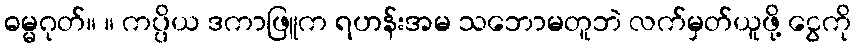
ဓမ္မဂုတ်။ ။ ကပ္ပိယ ဒကာဖြူက ရဟန်းအမ သဘောမတူဘဲ လက်မှတ်ယူဖို့ ငွေကို